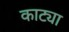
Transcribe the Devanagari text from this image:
काट्या